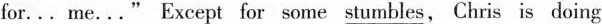
for... me..." Except for some stumbles, Chris is doing